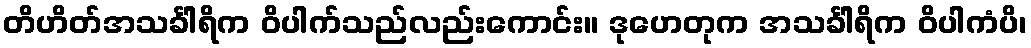
တိဟိတ်အသင်္ခါရိက ဝိပါက်သည်လည်းကောင်း။ ဒုဟေတုက အသင်္ခါရိက ဝိပါကံပိ၊